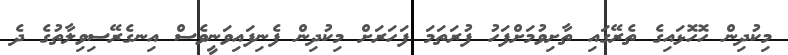
މިކުދިން ހޮހޮޅައިގެ ތެރޭގައި ތާށިވުމަށްފަހު ފުރަތަމަ ފަހަރަށް މިކުދިން ފެނިފައިވަނީވެސް އިނގެރޭސިވިލާތުގެ ދެ